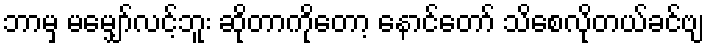
ဘာမှ မမျှော်လင့်ဘူး ဆိုတာကိုတော့ နောင်တော် သိစေလိုတယ်ခင်ဗျ